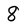
Character: 8